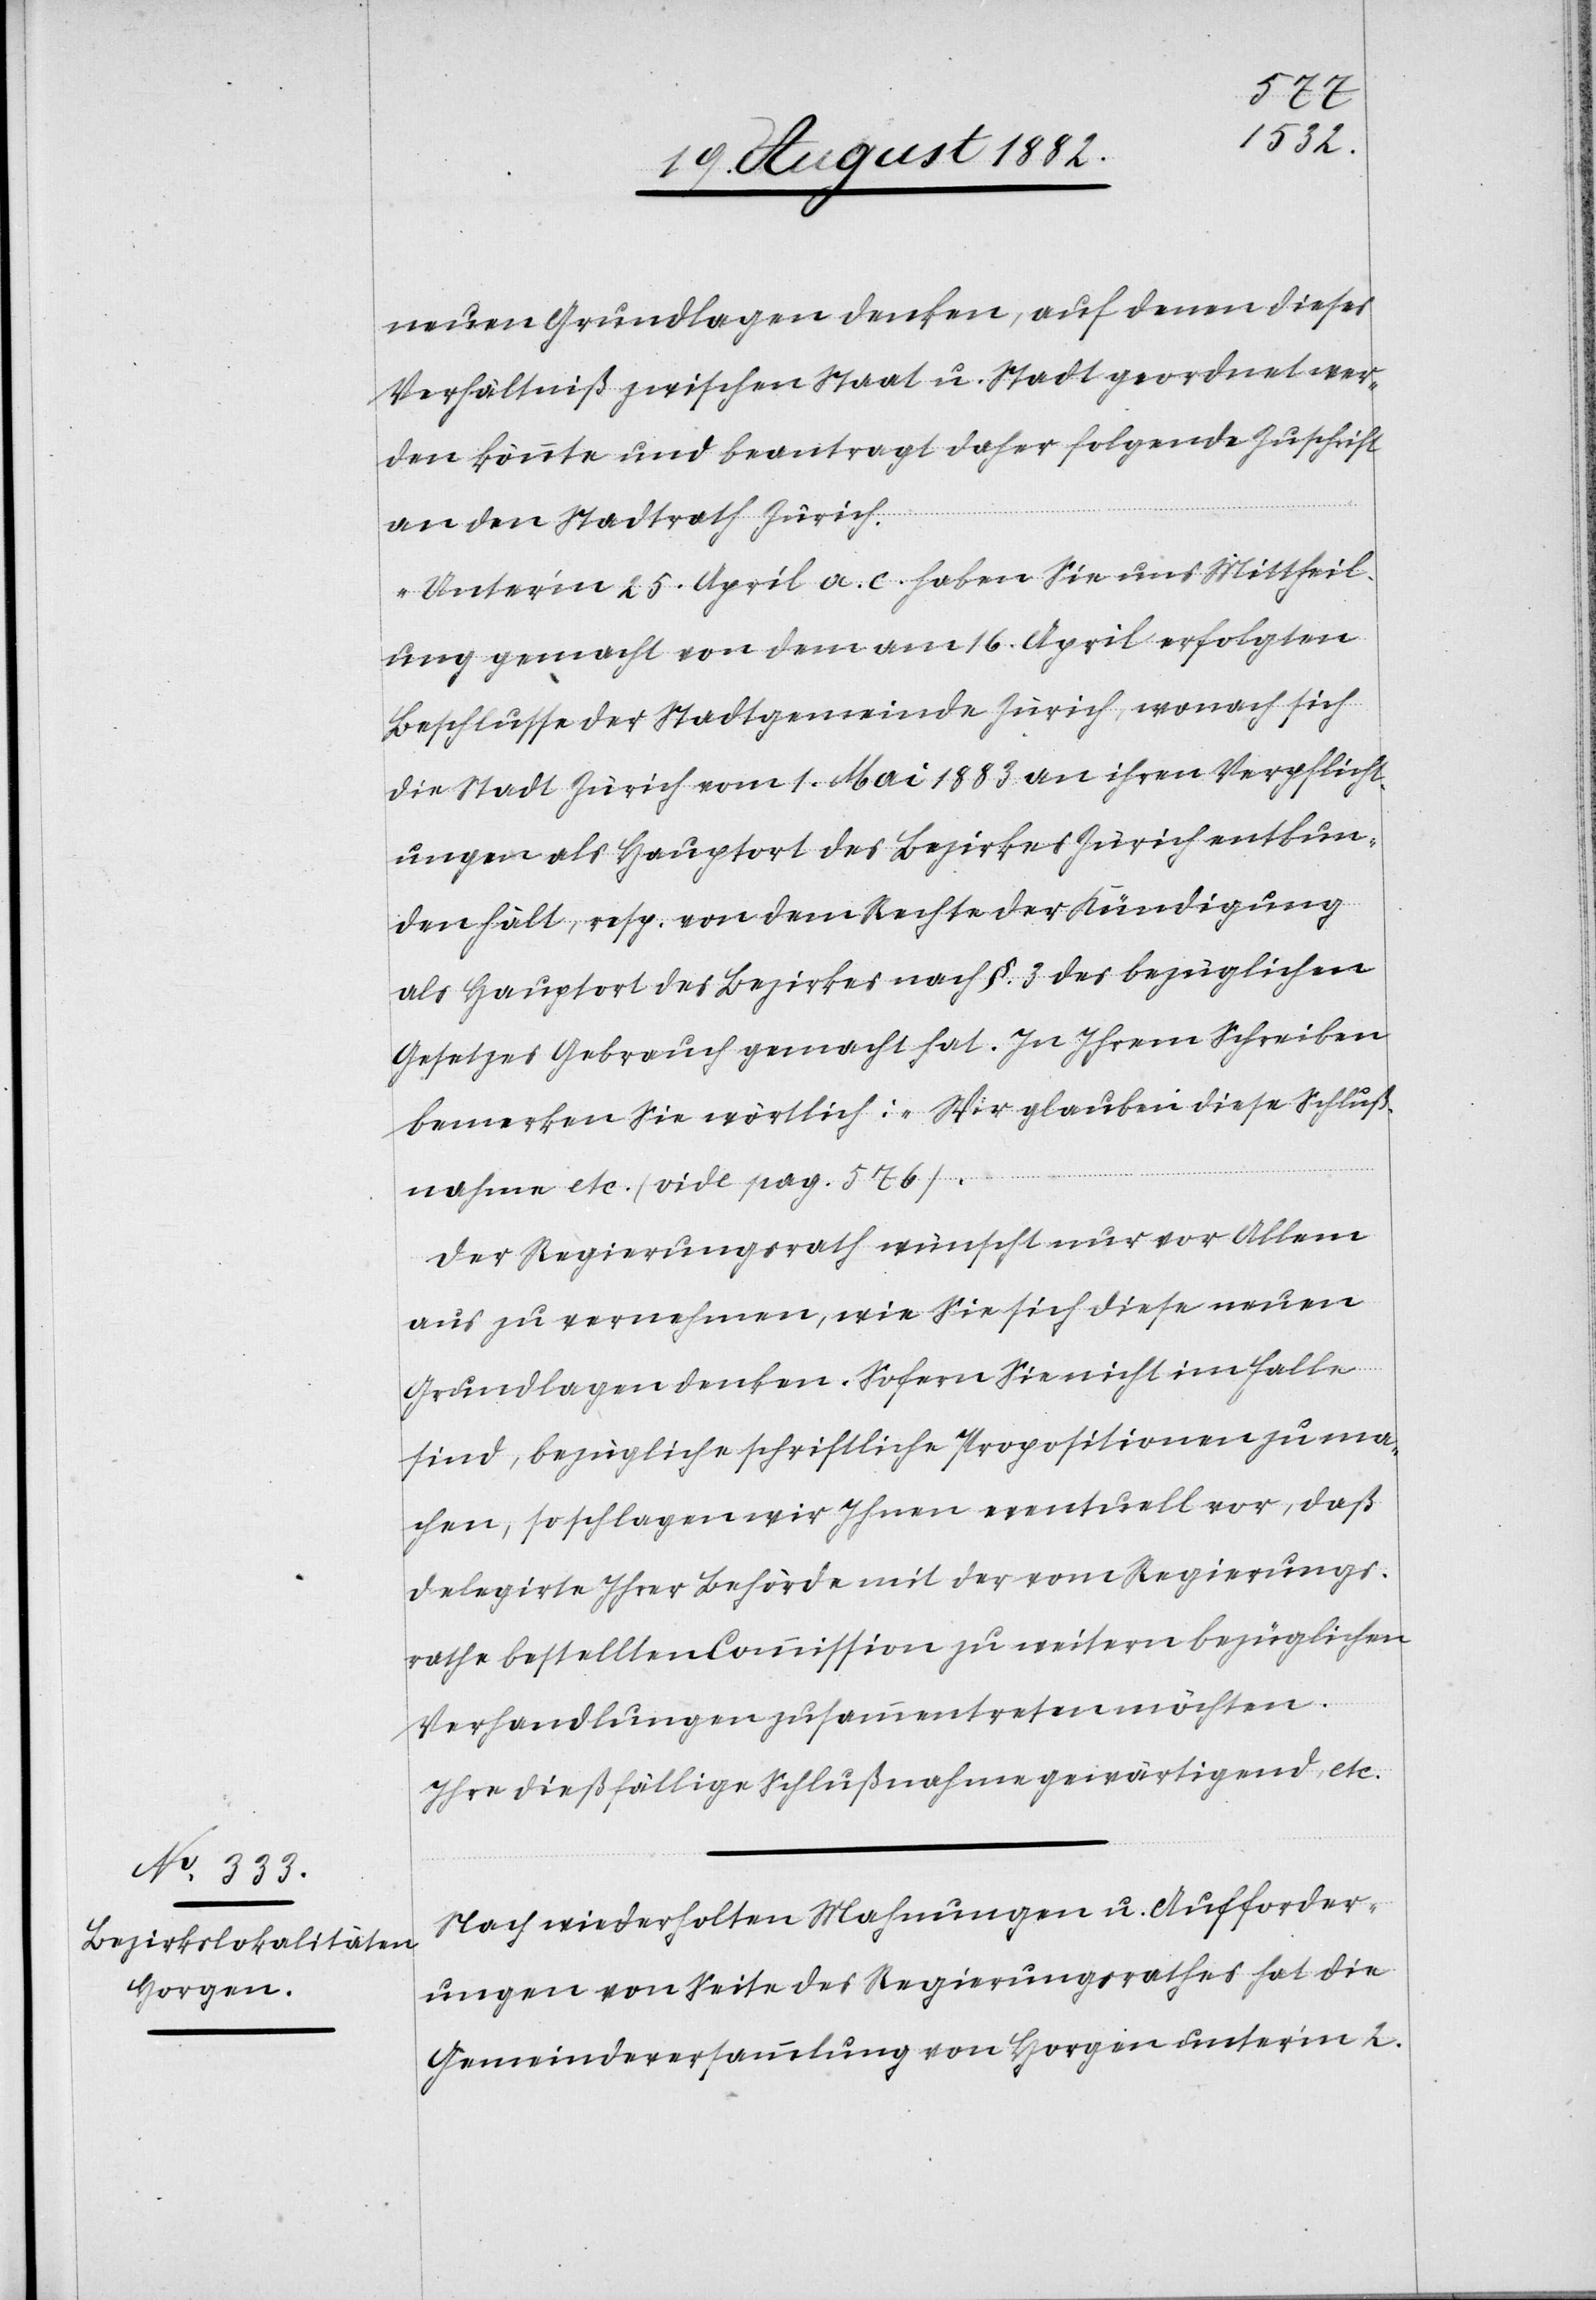
neuen Grundlagen denken, auf denen dieses
Verhältniß zwischen Staat u. Stadt geordnet wer¬
den könnte und beantragt daher folgende Zuschrift
an den Stadtrath Zürich:
„Unter’m 25. April a. c. haben Sie uns Mittheil¬
ung gemacht von dem am 16. April erfolgten
Beschlusse der Stadtgemeinde Zürich, wonach sich
die Stadt Zürich vom 1. Mai 1883 an ihren Verpflicht¬
ungen als Hauptort des Bezirkes Zürich entbun¬
den hält, resp. von dem Rechte der Kündigung
als Hauptort des Bezirkes nach §. 3 des bezüglichen
Gesetzes Gebrauch gemacht hat. In Ihrem Schreiben
bemerken Sie wörtlich: „Wir glauben diese Schluß¬
nahme etc. (vide pag. 576).“
Der Regierungsrath wünscht nur vor Allem
aus zu vernehmen, wie Sie sich diese neuen
Grundlagen denken. Sofern Sie nicht im Falle
sind, bezügliche schriftliche Propositionen zu ma¬
chen, so schlagen wir Ihnen eventuell vor, daß
Delegirte Ihrer Behörde mit der vom Regierungs¬
rathe bestellten Commission zu weitern bezüglichen
Verhandlungen zusammentreten möchten.
Ihre dießfällige Schlußnahme gewärtigend, etc.“
Nach wiederholten Mahnungen u. Aufforder¬
ungen von Seite des Regierungsrathes hat die
Gemeindeversammlung von Horgen unter’m 2.